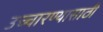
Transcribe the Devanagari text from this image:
उच्चारण्यासाठी